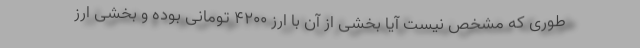
طوری که مشخص نیست آیا بخشی از آن با ارز ۴۲۰۰ تومانی بوده و بخشی ارز